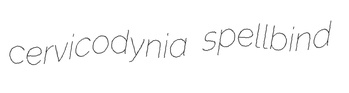
cervicodynia spellbind